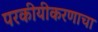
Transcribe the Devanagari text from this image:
परकीयीकरणाचा